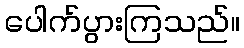
ပေါက်ပွားကြသည်။